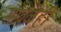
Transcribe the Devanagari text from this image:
मावळेही